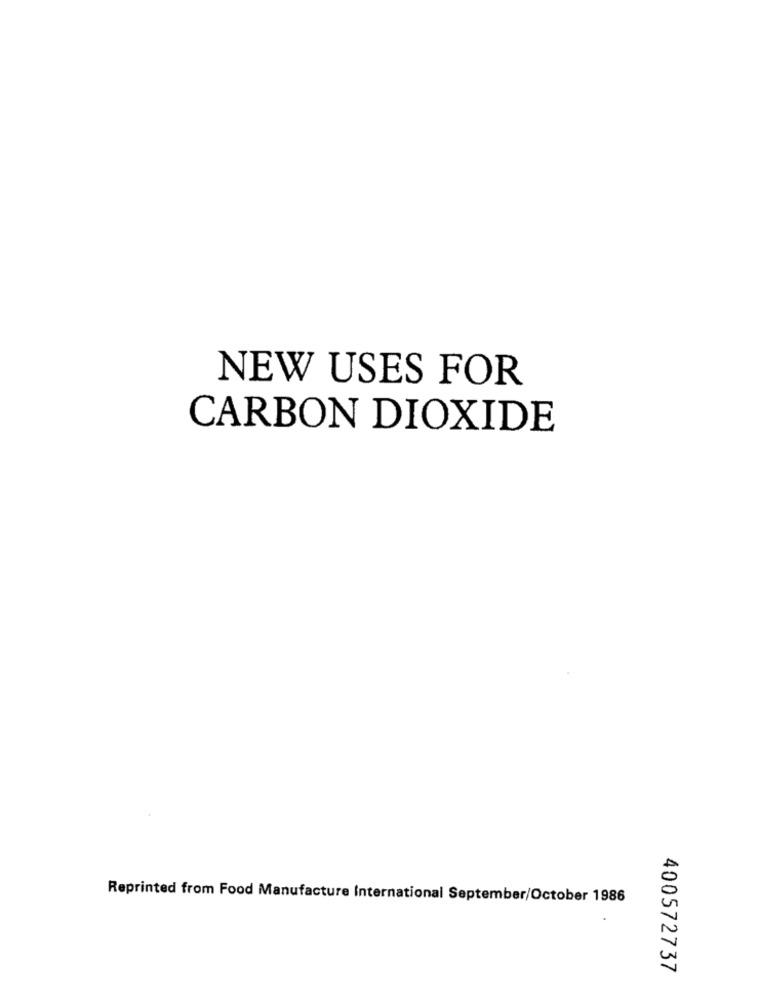
NEW USES FOR
CARBON DIOXIDE
Reprinted from Food Manufacture International September/October 1986
400572737